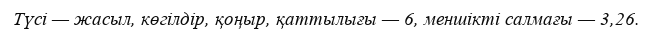
Түсі — жасыл, көгілдір, қоңыр, қаттылығы — 6, меншікті салмағы — 3,26.